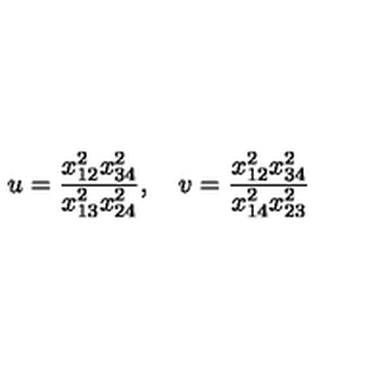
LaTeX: u = \frac { x _ { 1 2 } ^ { 2 } x _ { 3 4 } ^ { 2 } } { x _ { 1 3 } ^ { 2 } x _ { 2 4 } ^ { 2 } } , \quad v = \frac { x _ { 1 2 } ^ { 2 } x _ { 3 4 } ^ { 2 } } { x _ { 1 4 } ^ { 2 } x _ { 2 3 } ^ { 2 } }